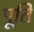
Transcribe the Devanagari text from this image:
पूतिं